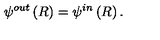
\psi ^ { o u t } \left( R \right) = \psi ^ { i n } \left( R \right) .